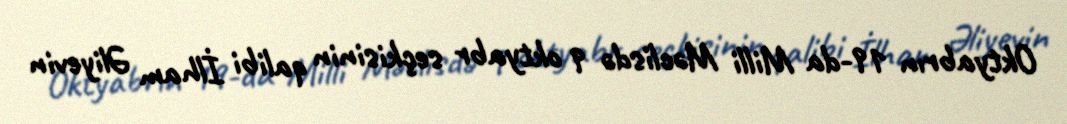
Oktyabrın 19-da Milli Məclisdə 9 oktyabr seçkisinin qalibi İlham Əliyevin